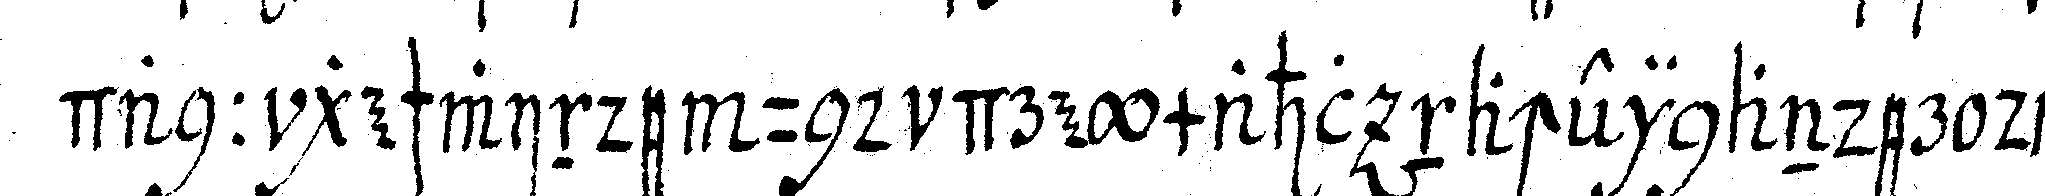
dann geschwinde und dreymahl nacheinander das